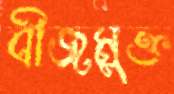
বীজমুক্ত